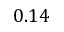
0 . 1 4